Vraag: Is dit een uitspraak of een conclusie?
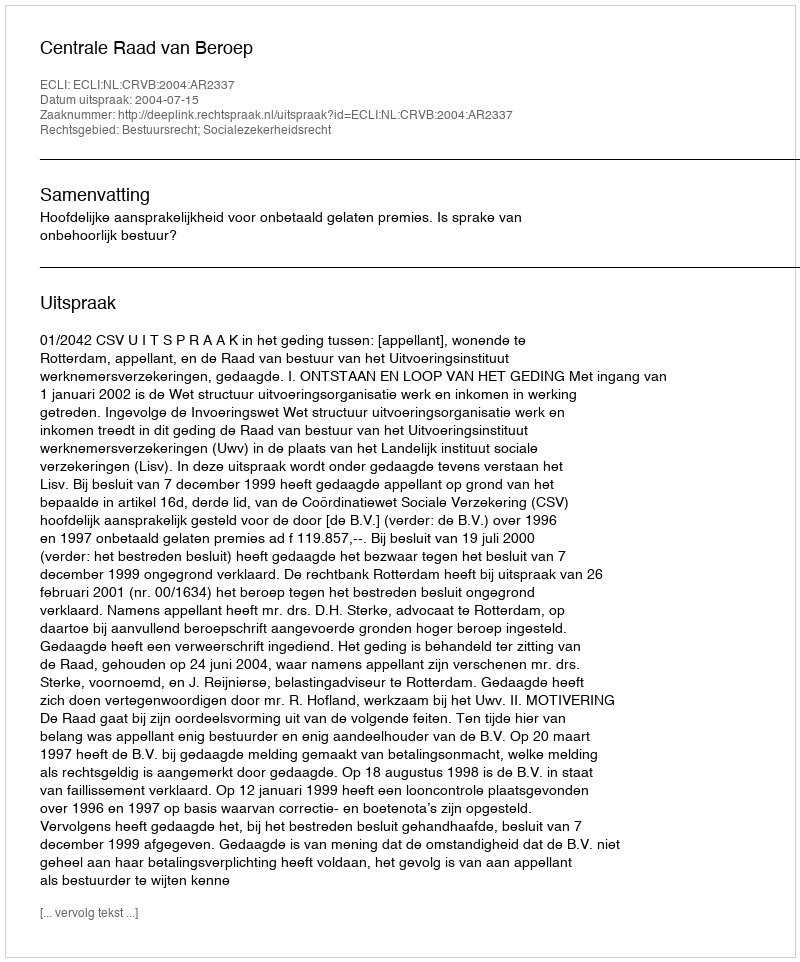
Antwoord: Uitspraak